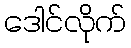
ဒေါင်လိုက်